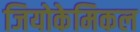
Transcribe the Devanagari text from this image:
जियोकेमिकल